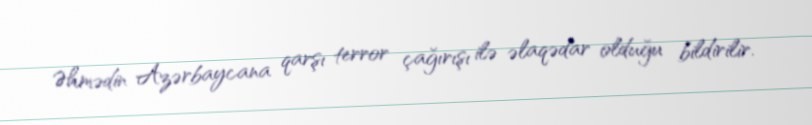
Əhmədin Azərbaycana qarşı terror çağırışı ilə əlaqədar olduğu bildirilir.